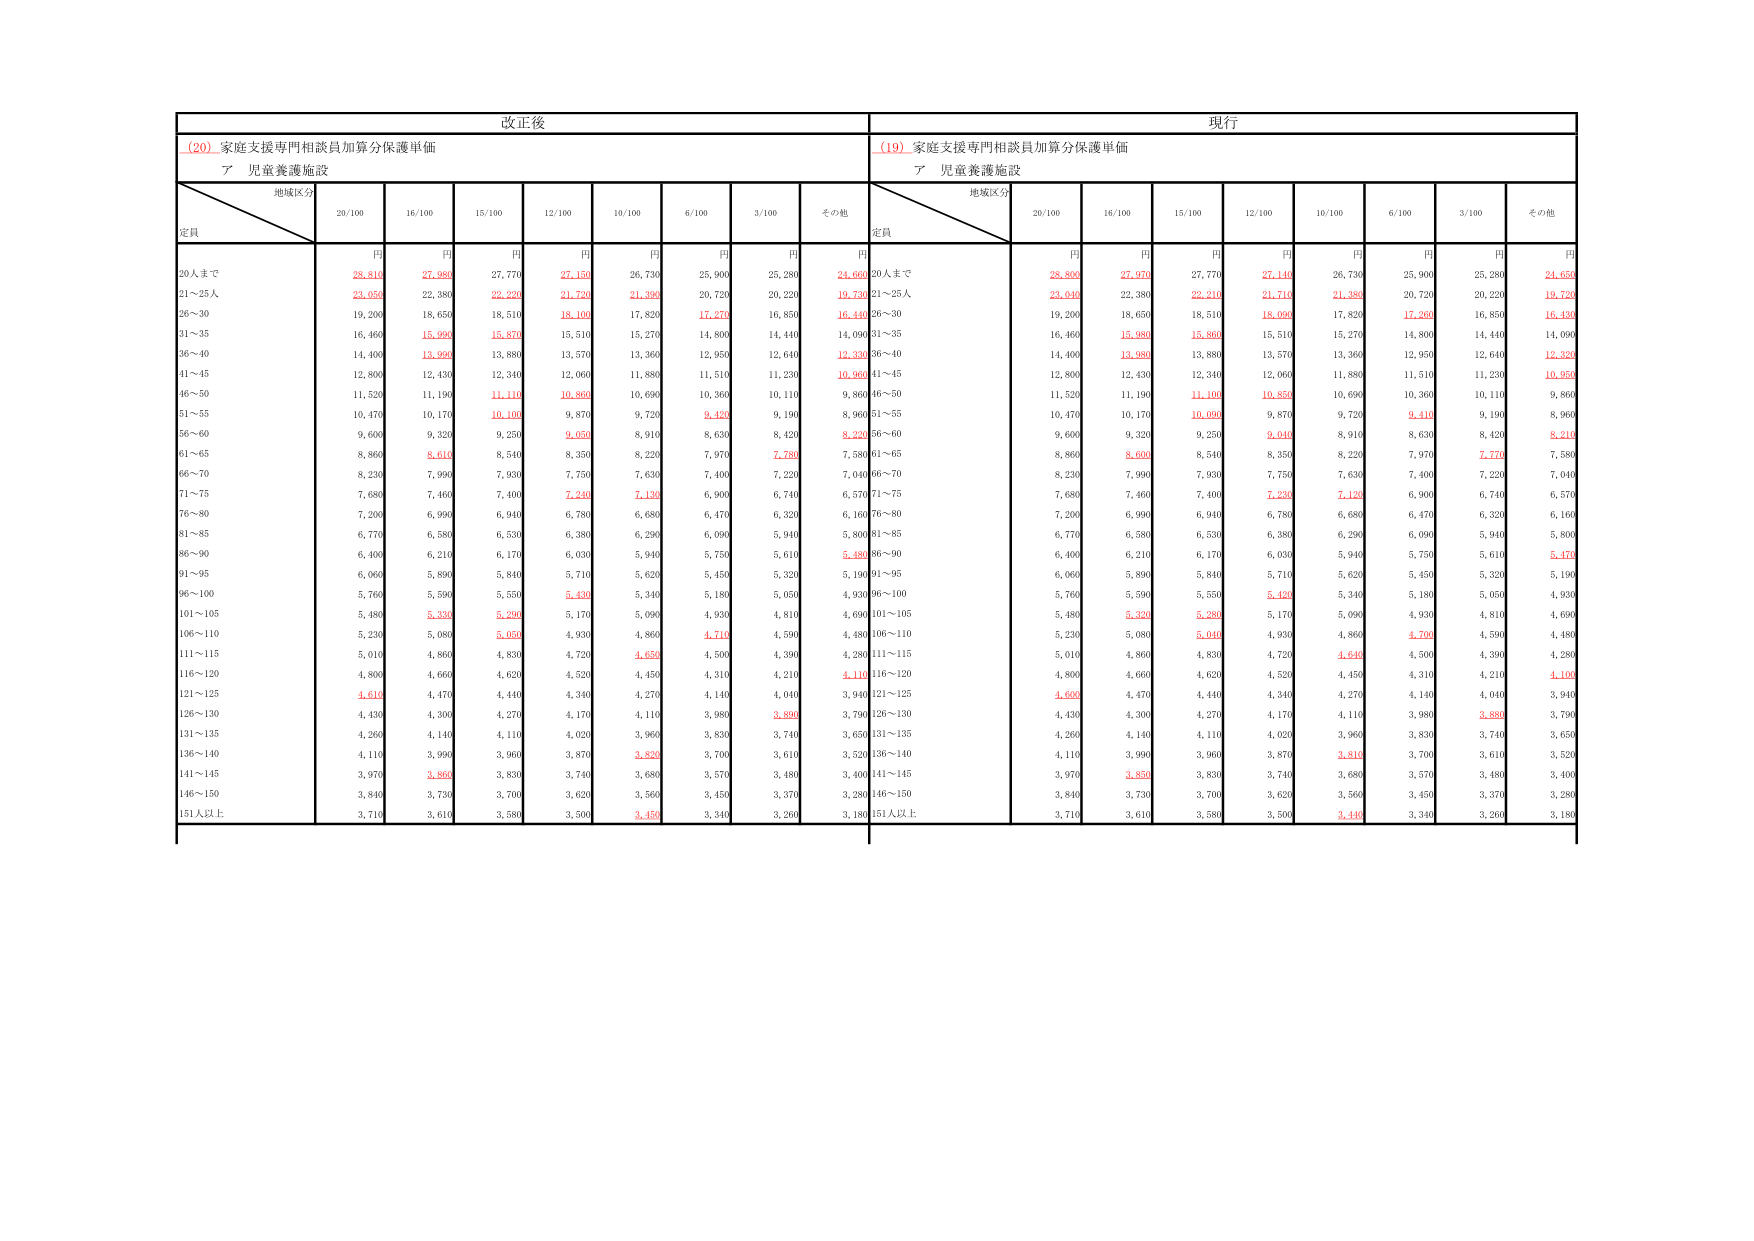
改正後
(20) 家庭支援専門相談員加算分保護単価
ア 児童養護施設
地域区分
定員
20/100
16/100
15/100
12/100
10/100
6/100
3/100
その他
円
円
円
円
円
円
円
円
20人まで
28,810
27,980
27,770
27,150
26,730
25,900
25,280
24,660
21～25人
23,050
22,380
22,220
21,720
21,390
20,720
20,220
19,730
26～30
19,200
18,650
18,510
18,100
17,820
17,270
16,850
16,440
31～35
16,460
15,990
15,870
15,510
15,270
14,800
14,440
14,090
36～40
14,400
13,990
13,880
13,570
13,360
12,950
12,640
12,330
41～45
12,800
12,430
12,340
12,060
11,880
11,510
11,230
10,960
46～50
11,520
11,190
11,110
10,860
10,690
10,360
10,110
9,860
51～55
10,470
10,170
10,100
9,870
9,720
9,420
9,190
8,960
56～60
9,600
9,320
9,250
9,050
8,910
8,630
8,420
8,220
61～65
8,860
8,610
8,540
8,350
8,220
7,970
7,780
7,580
66～70
8,230
7,990
7,930
7,750
7,630
7,400
7,220
7,040
71～75
7,680
7,460
7,400
7,240
7,130
6,900
6,740
6,570
76～80
7,200
6,990
6,940
6,780
6,680
6,470
6,320
6,160
81～85
6,770
6,580
6,530
6,380
6,290
6,090
5,940
5,800
86～90
6,400
6,210
6,170
6,030
5,940
5,750
5,610
5,480
91～95
6,060
5,890
5,840
5,710
5,620
5,450
5,320
5,190
96～100
5,760
5,590
5,550
5,430
5,340
5,180
5,050
4,930
101～105
5,480
5,330
5,290
5,170
5,090
4,930
4,810
4,690
106～110
5,230
5,080
5,050
4,930
4,860
4,710
4,590
4,480
111～115
5,010
4,860
4,830
4,720
4,650
4,500
4,390
4,280
116～120
4,800
4,660
4,620
4,520
4,450
4,310
4,210
4,110
121～125
4,610
4,470
4,440
4,340
4,270
4,140
4,040
3,940
126～130
4,430
4,300
4,270
4,170
4,110
3,980
3,890
3,790
131～135
4,260
4,140
4,110
4,020
3,960
3,830
3,740
3,650
136～140
4,110
3,990
3,960
3,870
3,820
3,700
3,610
3,520
141～145
3,970
3,850
3,830
3,740
3,680
3,570
3,480
3,400
146～150
3,840
3,730
3,700
3,620
3,560
3,450
3,370
3,280
151人以上
3,710
3,610
3,580
3,500
3,450
3,340
3,260
3,180
現行
(19) 家庭支援専門相談員加算分保護単価
ア 児童養護施設
地域区分
定員
20/100
16/100
15/100
12/100
10/100
6/100
3/100
その他
円
円
円
円
円
円
円
円
20人まで
28,800
27,970
27,770
27,140
26,730
25,900
25,280
24,650
21～25人
23,040
22,380
22,210
21,710
21,380
20,720
20,220
19,720
26～30
19,200
18,650
18,510
18,090
17,820
17,260
16,850
16,430
31～35
16,460
15,980
15,860
15,510
15,270
14,800
14,440
14,090
36～40
14,400
13,980
13,880
13,570
13,360
12,950
12,640
12,320
41～45
12,800
12,430
12,340
12,060
11,880
11,510
11,230
10,950
46～50
11,520
11,190
11,100
10,850
10,690
10,360
10,110
9,860
51～55
10,470
10,170
10,090
9,870
9,720
9,410
9,190
8,960
56～60
9,600
9,320
9,250
9,040
8,910
8,630
8,420
8,210
61～65
8,860
8,600
8,540
8,350
8,220
7,970
7,770
7,580
66～70
8,230
7,990
7,930
7,750
7,630
7,400
7,220
7,040
71～75
7,680
7,460
7,400
7,230
7,120
6,900
6,740
6,570
76～80
7,200
6,990
6,940
6,780
6,680
6,470
6,320
6,160
81～85
6,770
6,580
6,530
6,380
6,290
6,090
5,940
5,800
86～90
6,400
6,210
6,170
6,030
5,940
5,750
5,610
5,470
91～95
6,060
5,890
5,840
5,710
5,620
5,450
5,320
5,190
96～100
5,760
5,590
5,550
5,420
5,340
5,180
5,050
4,930
101～105
5,480
5,320
5,280
5,170
5,090
4,930
4,810
4,690
106～110
5,230
5,080
5,040
4,930
4,860
4,700
4,590
4,480
111～115
5,010
4,860
4,830
4,720
4,640
4,500
4,390
4,280
116～120
4,800
4,660
4,620
4,520
4,450
4,310
4,210
4,100
121～125
4,600
4,470
4,440
4,340
4,270
4,140
4,040
3,940
126～130
4,430
4,300
4,270
4,170
4,110
3,980
3,880
3,790
131～135
4,260
4,140
4,110
4,020
3,960
3,830
3,740
3,650
136～140
4,110
3,990
3,960
3,870
3,810
3,700
3,610
3,520
141～145
3,970
3,850
3,830
3,740
3,680
3,570
3,480
3,400
146～150
3,840
3,730
3,700
3,620
3,560
3,450
3,370
3,280
151人以上
3,710
3,610
3,580
3,500
3,440
3,340
3,260
3,180